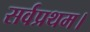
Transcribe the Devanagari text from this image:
सर्वप्रथम।